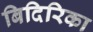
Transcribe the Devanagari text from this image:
बिदिरिका